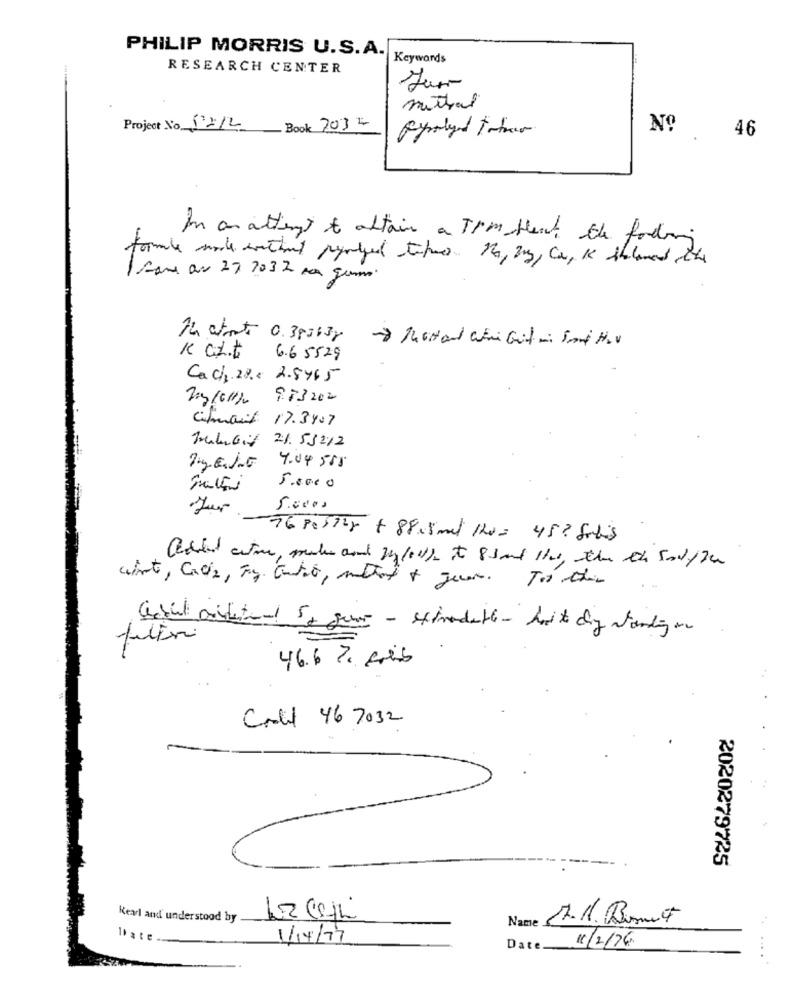
PHILIP MORRIS U.S.A.
Keywords
RESEARCH CENTER
muthal
Project No 0212
Book 2032
Nº
. 46
In an attempt to attain a TIM Hleat the following
formule work without perched tikus no, 23, Co, 1 sheloved the
1 same as 27 1032 po gumo
14 atot 0.383638
6.6 5529
Cach 28.0 2.5465
23/6H) 983 202
Cilmail 17.3407
KulGiy 21. 53212
4.04 555
5.0000
Jur
5.0000
-96 POSTIr + 88,5 mil 120= 45? Jobis
Cebul ouverte1 52 som - extradathe- haite dry landing on
filtri
46.6 7 Fois
Crf 46 7032
2020279725
Kearl and' understood by
Name
Date
1/14/77
Date_
11/2/76